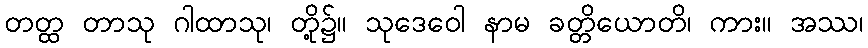
တတ္ထ တာသု ဂါထာသု၊ တို့၌။ သုဒေဝေါ နာမ ခတ္တိယောတိ၊ ကား။ အဿ၊